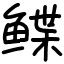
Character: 鲽